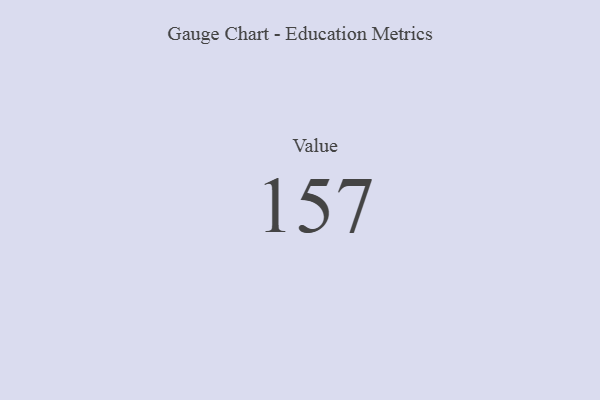
{"axis": {"x": "Metric", "y": "Value"}, "legend": [""], "data": [{"x": "Value", "y": 157, "type": ""}]}